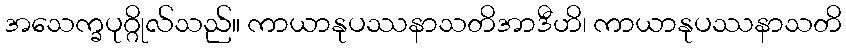
အသေက္ခပုဂ္ဂိုလ်သည်။ ကာယာနုပဿနာသတိအာဒီဟိ၊ ကာယာနုပဿနာသတိ